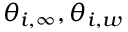
\theta _ { i , \infty } , \theta _ { i , w }